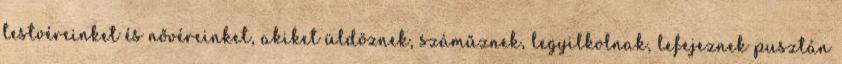
testvéreinket és nővéreinket, akiket üldöznek, száműznek, legyilkolnak, lefejeznek pusztán